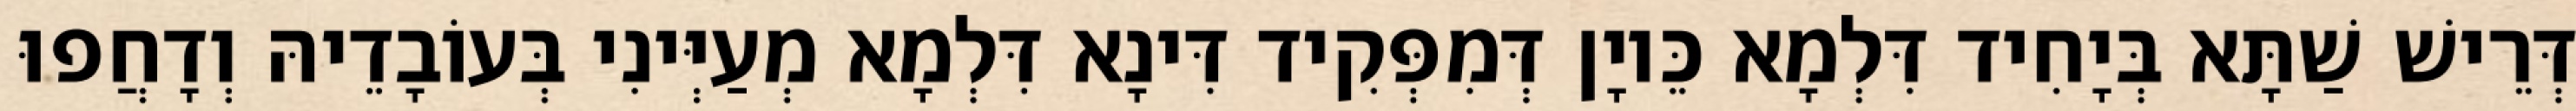
דְּרֵישׁ שַׁתָּא בְּיָחִיד דִּלְמָא כֵּיוָן דְּמִפְּקִיד דִּינָא דִּלְמָא מְעַיְּינִי בְּעוֹבָדֵיהּ וְדָחֲפוּ